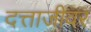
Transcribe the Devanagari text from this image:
दत्ताजीवर